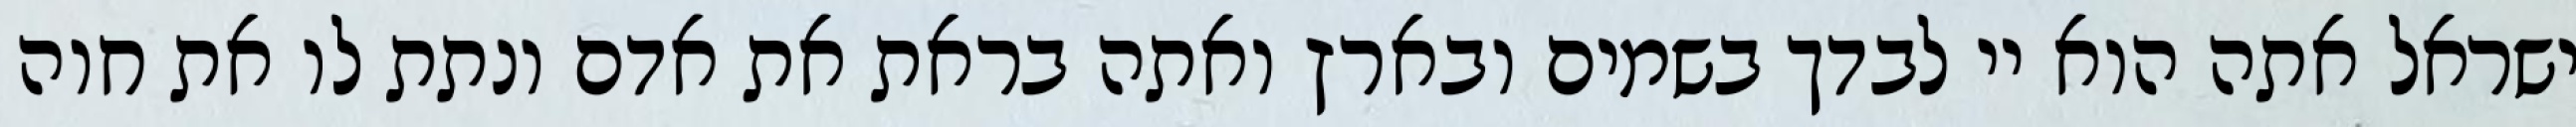
ישראל אתה הוא יי לבדך בשמים ובארץ ואתה בראת את אדם ונתת לו את חוה